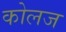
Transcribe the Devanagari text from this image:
कोलज